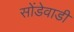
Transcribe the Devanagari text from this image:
सोंडेवाडी